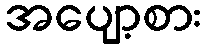
အပျော့စား